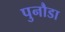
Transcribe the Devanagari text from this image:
पुनौडा